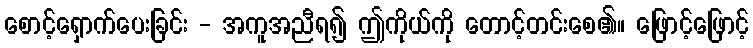
စောင့်ရှောက်ပေးခြင်း - အကူအညီရ၍ ဤကိုယ်ကို တောင့်တင်းစေ၏။ ဖြောင့်ဖြောင့်